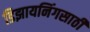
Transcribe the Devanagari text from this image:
डिझायनिंगसाठी